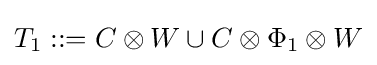
T_{1}::=C\otimes W\cup C\otimes \Phi _{1}\otimes W